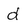
Character: d